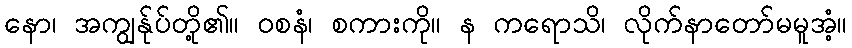
နော၊ အကျွန်ုပ်တို့၏။ ဝစနံ၊ စကားကို။ န ကရောသိ၊ လိုက်နာတော်မမူအံ့။